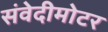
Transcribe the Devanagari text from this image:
संवेदीमोटर